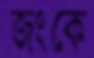
জংকে